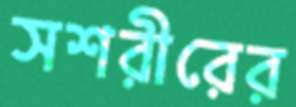
সশরীরের